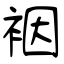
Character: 裀